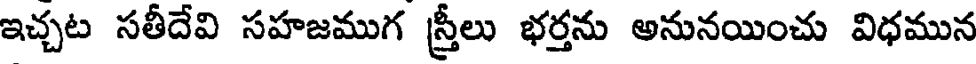
ఇచ్చట సతీదేవి సహజముగ స్త్రీలు భర్తను అనునయించు విధమున